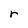
Character: r